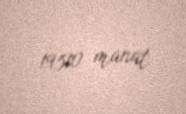
19510 manat